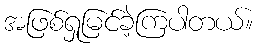
အဖြစ်ရှုမြင်ခဲ့ကြပါတယ်။